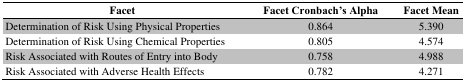
<table><thead><tr><td><b>Facet</b></td><td><b>Facet Cronbach’s Alpha</b></td><td><b>Facet Mean</b></td></tr></thead><tbody><tr><td>Determination of Risk Using Physical Properties</td><td>0.864</td><td>5.390</td></tr><tr><td>Determination of Risk Using Chemical Properties</td><td>0.805</td><td>4.574</td></tr><tr><td>Risk Associated with Routes of Entry into Body</td><td>0.758</td><td>4.988</td></tr><tr><td>Risk Associated with Adverse Health Effects</td><td>0.782</td><td>4.271</td></tr></tbody></table>